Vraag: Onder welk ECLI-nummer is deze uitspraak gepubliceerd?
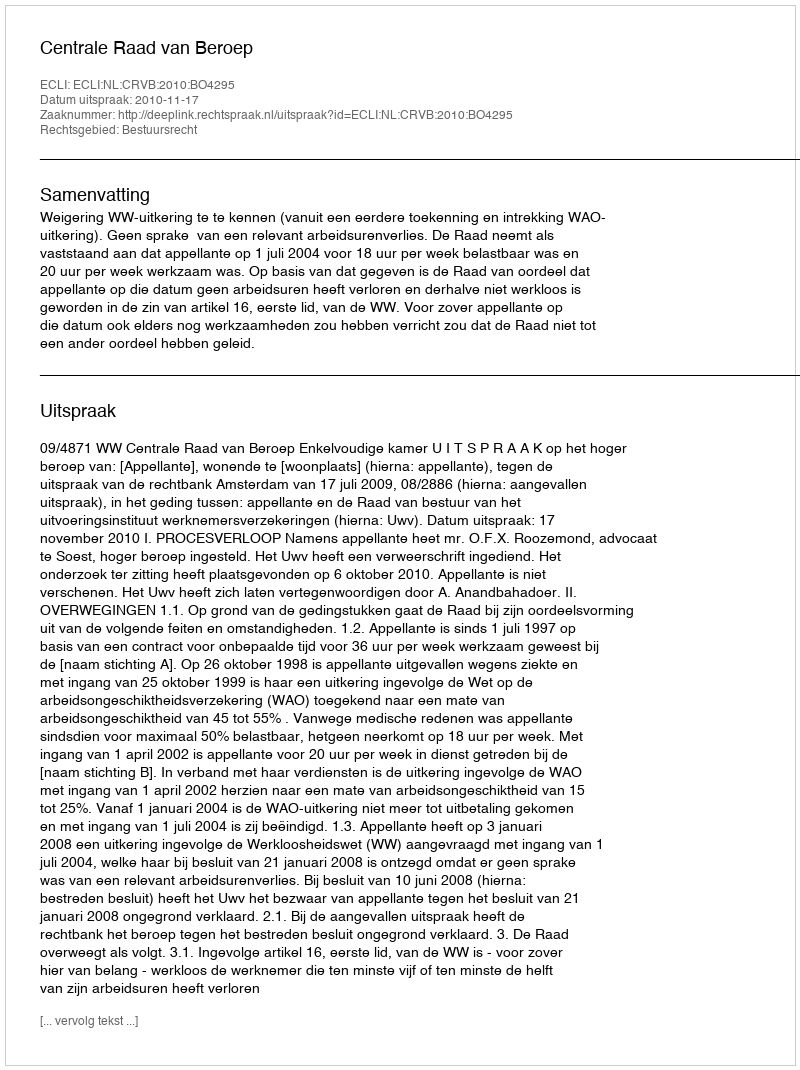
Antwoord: ECLI:NL:CRVB:2010:BO4295